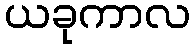
ယခုကာလ